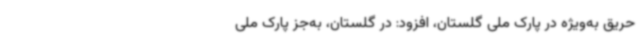
حریق به‌ویژه در پارک ملی گلستان، افزود: در گلستان، به‌جز پارک ملی